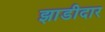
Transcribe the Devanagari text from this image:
झाडीदार